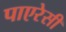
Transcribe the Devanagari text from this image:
पाएरेसी